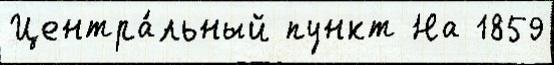
Центра́льный пункт На 1859